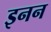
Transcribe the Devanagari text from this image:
इनन